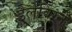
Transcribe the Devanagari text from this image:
डेलेविंग्ने